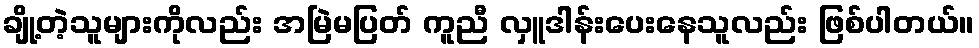
ချို့တဲ့သူများကိုလည်း အမြဲမပြတ် ကူညီ လှူဒါန်းပေးနေသူလည်း ဖြစ်ပါတယ်။